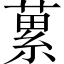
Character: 蔂